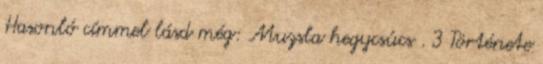
Hasonló címmel lásd még: Muzsla hegycsúcs . 3 Története